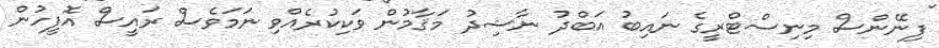
ފިނޭންސް މިނިސްޓްރީގެ ނައިބު އަބްދު ނާޝިދު މަޤާމުން ވަކިކުރެއްވި ނަމަވެސް ރައީސް އޮފީހުން